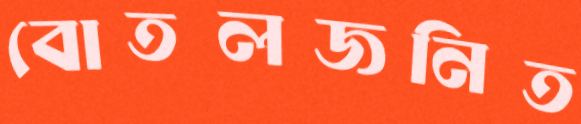
বোতলজনিত